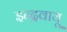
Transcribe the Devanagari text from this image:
इन्द्रवायू